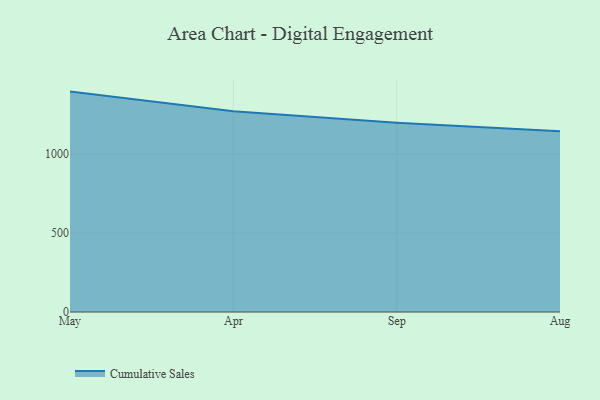
{"axis": {"x": "Month", "y": "Customer Acquisition Cost (USD)"}, "legend": ["Cumulative Sales"], "data": [{"x": "May", "y": 1396.6, "type": "Cumulative Sales"}, {"x": "Apr", "y": 1272.6, "type": "Cumulative Sales"}, {"x": "Sep", "y": 1199.9, "type": "Cumulative Sales"}, {"x": "Aug", "y": 1145.0, "type": "Cumulative Sales"}]}